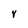
Character: y